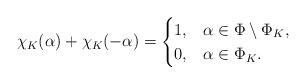
LaTeX: \begin{align*}\chi_K(\alpha) + \chi_K(-\alpha)= \begin{cases}1,&\alpha\in \Phi\setminus \Phi_K,\\0,&\alpha\in \Phi_K.\end{cases}\end{align*}